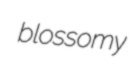
blossomy